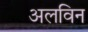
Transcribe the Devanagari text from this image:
अलविन